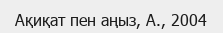
Ақиқат пен аңыз, А., 2004